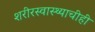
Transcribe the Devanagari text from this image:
शरीरस्वास्थ्याचीही